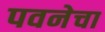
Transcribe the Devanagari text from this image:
पवनेचा